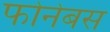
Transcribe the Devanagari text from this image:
फोनेबस